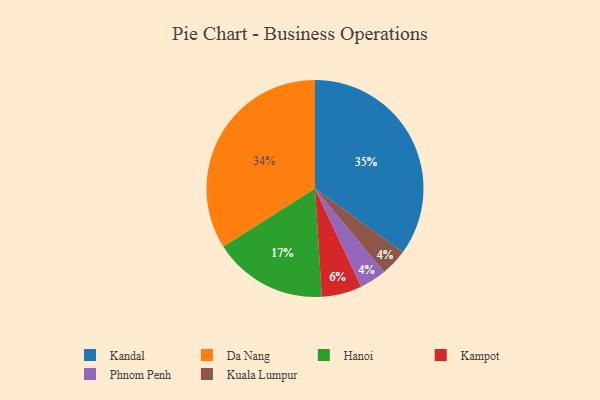
{"axis": {"x": "Category", "y": "Percentage"}, "legend": ["Da Nang", "Hanoi", "Kampot", "Kandal", "Kuala Lumpur", "Phnom Penh"], "data": [{"x": "Phnom Penh", "y": 4, "type": "Phnom Penh"}, {"x": "Kampot", "y": 6, "type": "Kampot"}, {"x": "Da Nang", "y": 34, "type": "Da Nang"}, {"x": "Kandal", "y": 35, "type": "Kandal"}, {"x": "Kuala Lumpur", "y": 4, "type": "Kuala Lumpur"}, {"x": "Hanoi", "y": 17, "type": "Hanoi"}]}